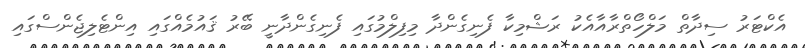
އެކްޓަރު ސިދާތް މަލްހޯތްރާއާއެކު ރަޝްމިކާ ފެނިގެންދާ މިފިލްމުގައި ފެނިގެންދާނީ ބޭރު ޤައުމެއްގައި އިންޓެލިޖެންސްގައި